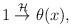
LaTeX: \begin{align*}1 \stackrel{{\cal H}}{\rightarrow} \theta(x),\end{align*}